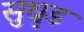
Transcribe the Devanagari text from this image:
सुधृड